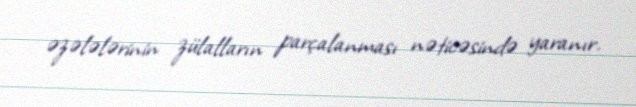
əzələlərinin zülalların parçalanması nəticəsində yaranır.